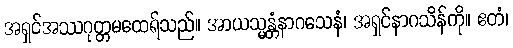
အရှင်အဿဂုတ္တမထေရ်သည်။ အာယသ္မန္တံနာဂသေနံ၊ အရှင်နာဂသိန်ကို။ ဧတံ၊